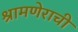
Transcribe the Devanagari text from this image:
श्रामणेराची